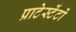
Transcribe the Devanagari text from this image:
प्राटेस्टेंटों